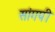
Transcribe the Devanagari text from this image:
सांगपी